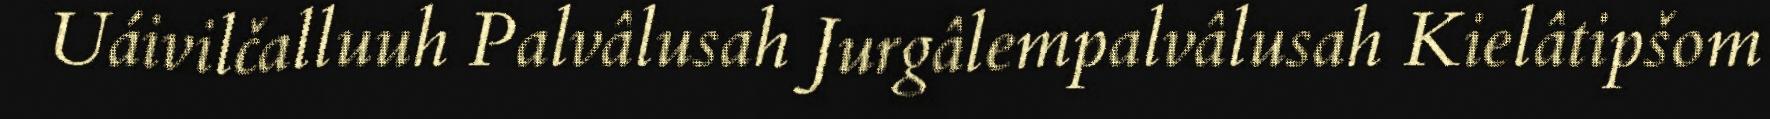
Uáivilčalluuh Palvâlusah Jurgâlempalvâlusah Kielâtipšom